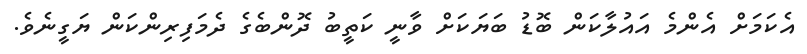
އެކަމަށް އެންމެ އައުލާކަން ބޮޑު ބަޔަކަށް ވާނީ ކަތީބު ދޮންބެގެ ދެމަފިރިންކަން ޔަގީނެވެ.